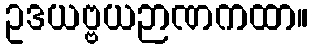
ဥဒယဗ္ဗယဉာဏကထာ။